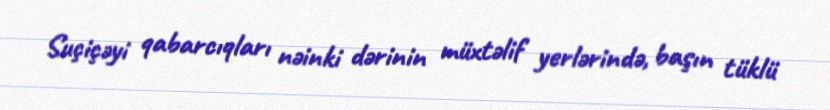
Suçiçəyi qabarcıqları nəinki dərinin müxtəlif yerlərində, başın tüklü